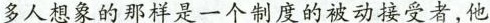
多人想象的那样是一个制度的被动接受者，他